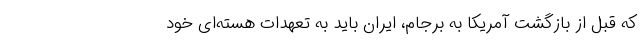
که قبل از بازگشت آمریکا به برجام، ایران باید به تعهدات هسته‌ای خود